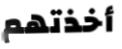
أخذتهم